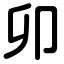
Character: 卯